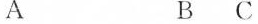
A B C